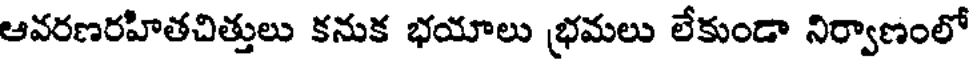
ఆవరణరహితచిత్తులు కనుక భయాలు భ్రమలు లేకుండా నిర్వాణంలో